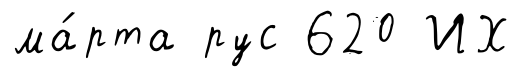
ма́рта рус 620 ИХ